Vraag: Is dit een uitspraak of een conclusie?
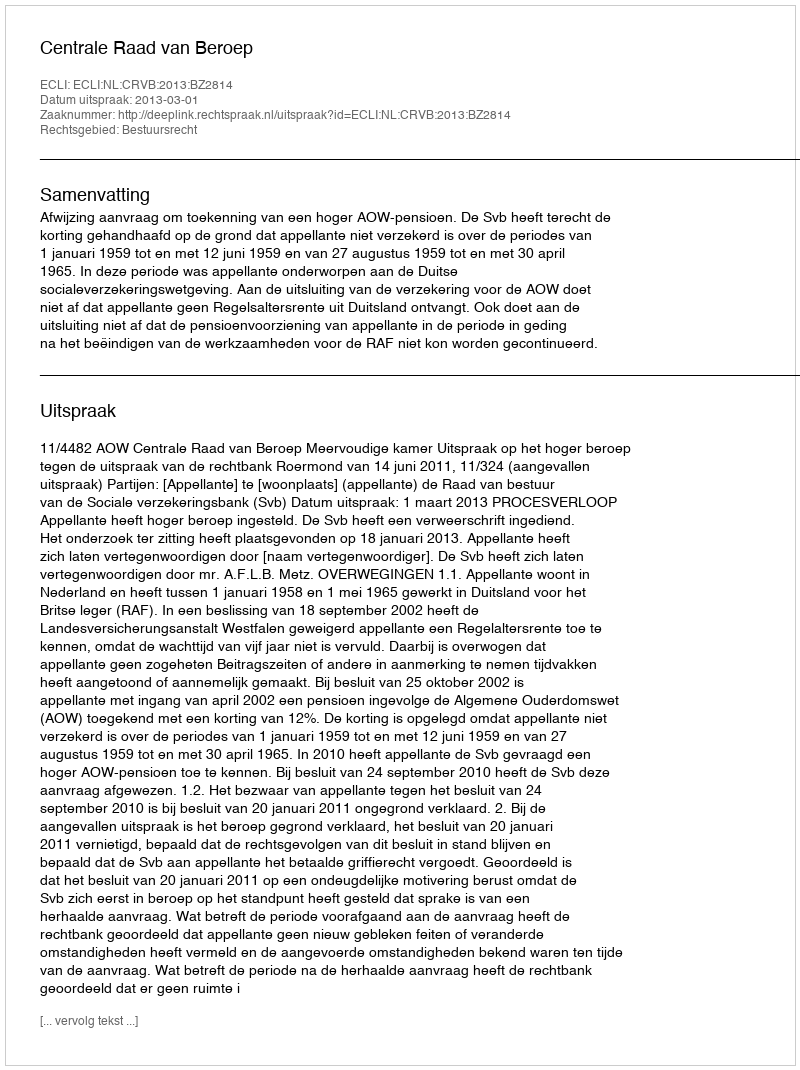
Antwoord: Uitspraak